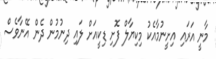
މާނީ އަރައި އިށީނުމާއެކު މިކިޔާލް ފޮށި ޑިކީއަށް ލައި ދިނުމުން ދެން އޭނާވެސް